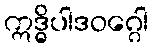
ဣဒ္ဓိပါဒဝဂ္ဂေါ